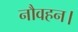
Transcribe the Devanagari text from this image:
नौवहन।